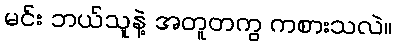
မင်း ဘယ်သူနဲ့ အတူတကွ ကစားသလဲ။